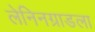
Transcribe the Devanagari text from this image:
लेनिनग्राडला